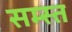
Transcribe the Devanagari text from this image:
सम्स्त